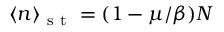
\langle n \rangle _ { \mathrm { ~ s ~ t ~ } } = ( 1 - \mu / \beta ) N